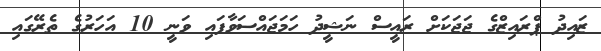
ޒައިދު ޕްރައިޒްގެ ޖަޖަކަށް ރައީސް ނަޝީދު ހަމަޖައްސަވާފައި ވަނީ 10 އަހަރުގެ ތެރޭގައި